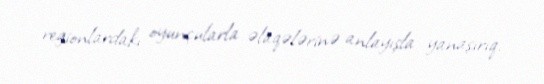
regionlardakı oyunçularla əlaqələrinə anlayışla yanaşırıq.